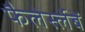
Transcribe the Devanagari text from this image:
फैलेर्स्लेबें